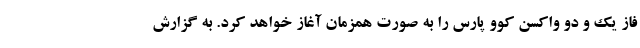
فاز یک و دو واکسن کوو پارس را به صورت همزمان آغاز خواهد کرد. به گزارش